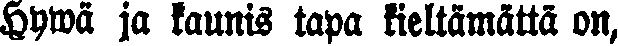
Hyvä ja kaunis tapa kieltämättä on,